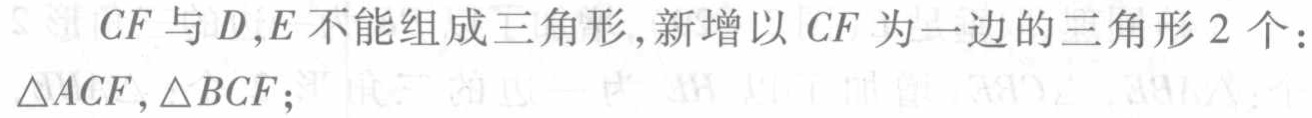
$CF$与$D,E$不能组成三角形, 新增以$CF$为一边的三角形$2$个：
$\triangle ACF,\triangle BCF;$